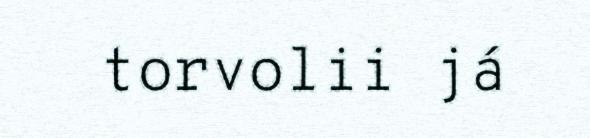
torvolii já